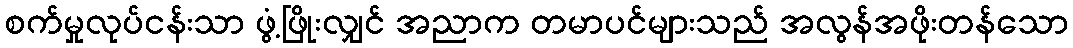
စက်မှုလုပ်ငန်းသာ ဖွံ့ဖြိုးလျှင် အညာက တမာပင်များသည် အလွန်အဖိုးတန်သော